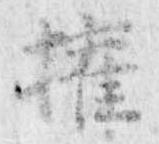
権